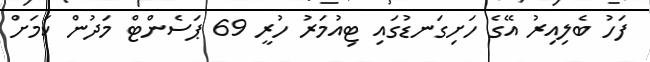
ފަހު ބެލިއިރު އޭގެ ހަށިގަނޑުގައި ޓިއުމަރު ހުރީ 69 ޕަސެންޓް މަދުން ކަމަށް